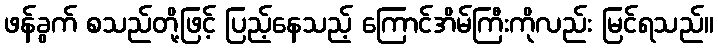
ဖန်ခွက် စသည်တို့ဖြင့် ပြည့်နေသည့် ကြောင်အိမ်ကြီးကိုလည်း မြင်ရသည်။